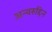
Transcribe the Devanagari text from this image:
अन्वरुद्दिन